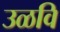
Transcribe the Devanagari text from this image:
उळवि